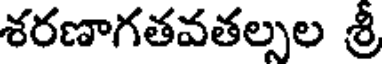
శరణాగతవతల్సల శ్రీ